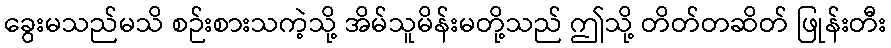
ခွေးမသည်မသိ စဉ်းစားသကဲ့သို့ အိမ်သူမိန်းမတို့သည် ဤသို့ တိတ်တဆိတ် ဖြုန်းတီး